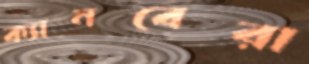
ক্যানবেরা